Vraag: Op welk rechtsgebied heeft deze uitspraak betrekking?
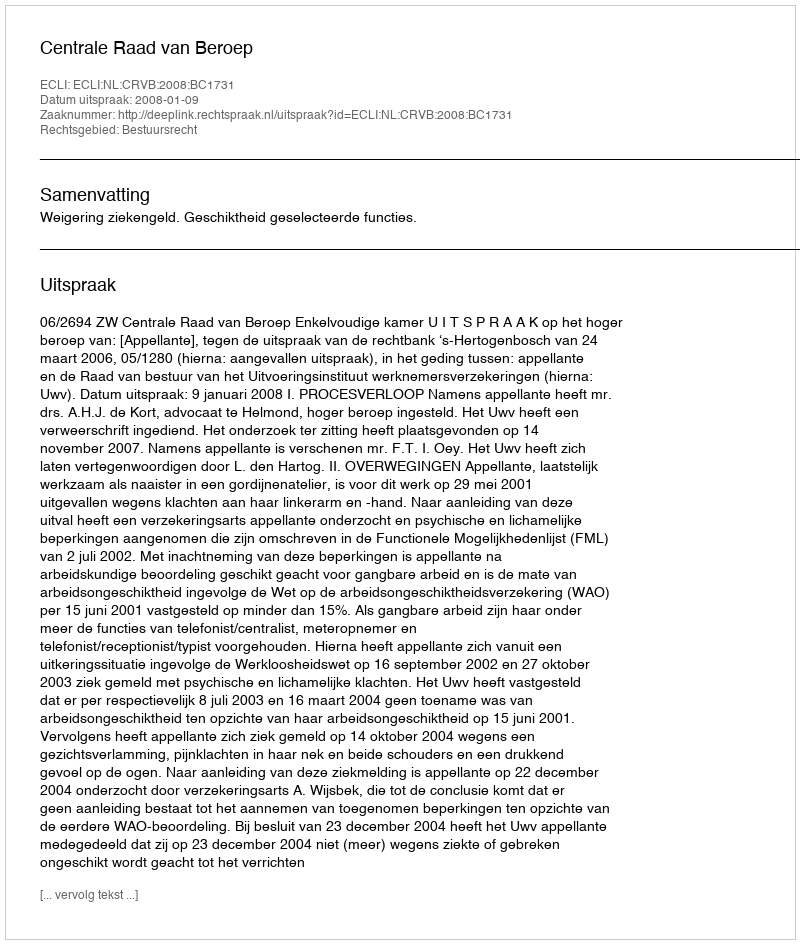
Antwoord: Bestuursrecht